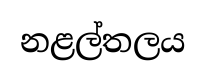
නළල්තලය